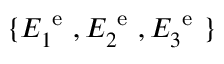
\{ E _ { 1 } ^ { \mathrm { ~ e ~ } } , E _ { 2 } ^ { \mathrm { ~ e ~ } } , E _ { 3 } ^ { \mathrm { ~ e ~ } } \}